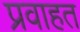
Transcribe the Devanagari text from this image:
प्रवाहत